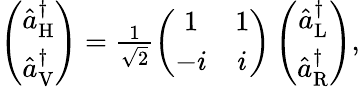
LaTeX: \begin{array}{r}{\left(\begin{array}{c}{\hat{a}_{\mathrm{H}}^{\dagger}}\\ {\hat{a}_{\mathrm{V}}^{\dagger}}\end{array}\right)=\frac{1}{\sqrt{2}}\left(\begin{array}{cc}{1}&{1}\\ {-i}&{i}\end{array}\right)\left(\begin{array}{c}{\hat{a}_{\mathrm{L}}^{\dagger}}\\ {\hat{a}_{\mathrm{R}}^{\dagger}}\end{array}\right),}\end{array}